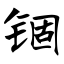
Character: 锢